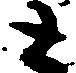
と